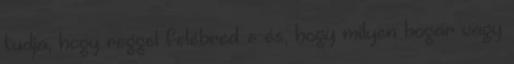
tudja, hogy reggel felébred-e és, hogy milyen bogár vagy